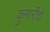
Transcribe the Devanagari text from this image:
कुमारीचे